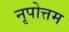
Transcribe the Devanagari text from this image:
नृपोत्तम